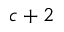
c + 2